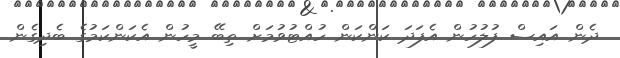
ދެން އައިސް ފުލުހުން އެފަދަ ކަންކަން ހުއްޓުވުމަށް ތިބޭ މީހުން އެކަންކަމުގެ ބެދިގެން